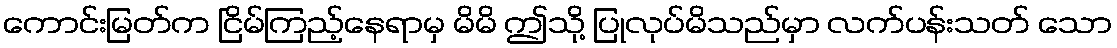
ကောင်းမြတ်က ငြိမ်ကြည့်နေရာမှ မိမိ ဤသို့ ပြုလုပ်မိသည်မှာ လက်ပန်းသတ် သော